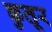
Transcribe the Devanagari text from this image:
कुतूर